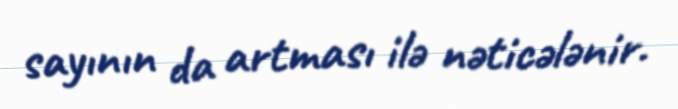
sayının da artması ilə nəticələnir.